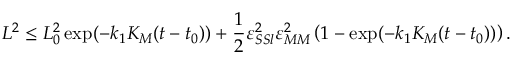
L ^ { 2 } \leq L _ { 0 } ^ { 2 } \exp ( - k _ { 1 } K _ { M } ( t - t _ { 0 } ) ) + \frac 1 2 \varepsilon _ { S S l } ^ { 2 } \varepsilon _ { M M } ^ { 2 } \left( 1 - \exp ( - k _ { 1 } K _ { M } ( t - t _ { 0 } ) ) \right) .